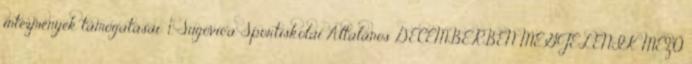
intézmények támogatásai: 1. Sugovica Sportiskolai Általános DECEMBERBEN MEGJELENIK MEZŐ